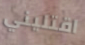
اقتليني